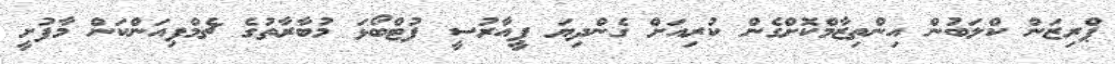
ޕްރިޒަން ކްލަބުން އިންތިޒާމްކޮށްގެން ކުރިއަށް ގެންދިޔަ ޕީއާރުސީ ފުޓްބޯޅަ މުބާރާތުގެ ޗެމްޕިއަންކަން މާފުށީ